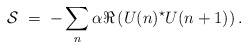
\begin{align*}{\cal S} \; = \; - \sum_n \alpha \Re \left( U(n)^\star U(n+1) \right).\end{align*}